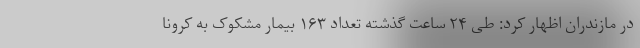
در مازندران اظهار کرد: طی ۲۴ ساعت گذشته تعداد ۱۶۳ بیمار مشکوک به کرونا